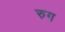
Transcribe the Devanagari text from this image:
रुग